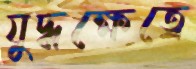
যুদ্ধক্ষেত্রে